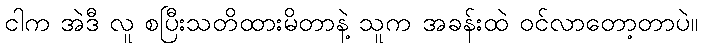
ငါက အဲဒီ လူ စပြီးသတိထားမိတာနဲ့ သူက အခန်းထဲ ဝင်လာတော့တာပဲ။